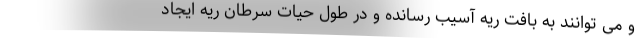
و می توانند به بافت ریه آسیب رسانده و در طول حیات سرطان ریه ایجاد